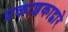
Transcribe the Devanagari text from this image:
प्रकाशकाद्वारे